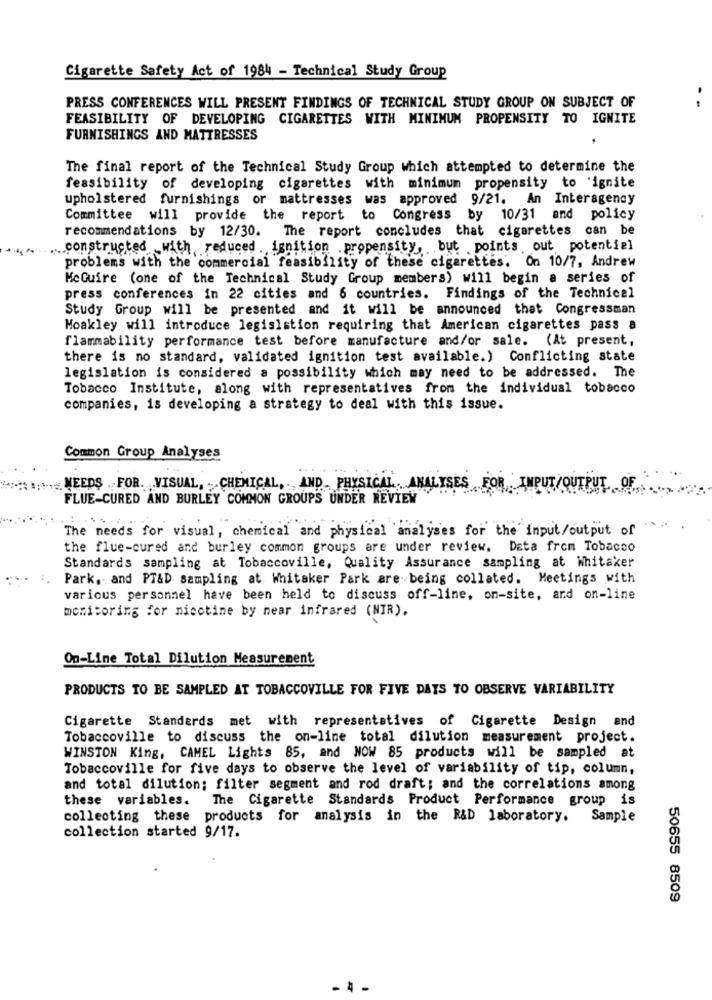
Cigarette Safety Act of 1984 - Technical Study Group
.
PRESS CONFERENCES WILL PRESENT FINDINGS OF TECHNICAL STUDY GROUP ON SUBJECT OF
FEASIBILITY OF DEVELOPING CIGARETTES WITH MINIMUM PROPENSITY TO IGNITE
FURNISHINGS AND MATTRESSES
The final report of the Technical Study Group which attempted to determine the
feasibility of developing cigarettes with minimum propensity to 'ignite
upholstered furnishings or mattresses was approved 9/21. An Interagency
Committee will provide the report to Congress
by 10/31 and policy
recommendations by 12/30. The report concludes that cigarettes can be
.... constructed with reduced ignition propensity, but points out potentiel
problems with the commercial feasibility of these cigarettes. On 10/7, Andrew
McGuire (one of the Technical Study Group members) will begin a series of
press conferences in 22 cities and 6 countries. Findings of the Technical
Study Group will be presented and it will be announced that Congressman
Moakley will introduce legislation requiring that American cigarettes pass a
flammability performance test before manufacture and/or sale. (At present,
there is no standard, validated ignition test available.) Conflicting state
legislation is considered a possibility which may need to be addressed. The
Tobacco Institute, along with representatives from the individual tobacco
companies, is developing a strategy to deal with this issue.
Common Group Analyses
INPUT
NEEDS FOR VISUAL, CHEMICAL, AND PHYSICAL. ANALYSES FO
FLUE-CURED AND BURLEY COMMON GROUPS UNDER REVIEW
The needs for visual, chemical and physical analyses for the input/output of
the flue-cured and burley common groups are under review. Data from Tobacco
Standards sampling at Tobaccoville, Quality Assurance sampling at Whitaker
Park, and PT&D sampling at Whitaker Park are being collated. Meetings with
various personnel have been held to discuss off-line, on-site, and on-line
monitoring for nicotine by near infrared (NIR).
On-Line Total Dilution Measurement
PRODUCTS TO BE SAMPLED AT TOBACCOVILLE FOR FIVE DAYS TO OBSERVE VARIABILITY
Cigarette Standards met with representatives of Cigarette Design and
Tobaccoville to discuss the on-line total dilution measurement project.
WINSTON King, CAMEL Lights 85, and NOW 85 products will be sampled at
Tobaccoville for five days to observe the level of variability of tip, column,
and total dilution; filter segment and rod draft; and the correlations among
these variables.
The Cigarette Standards Product Performance group is
collecting these products for analysis in the R&D laboratory. Sample
collection started 9/17.
50655 8509
- 4